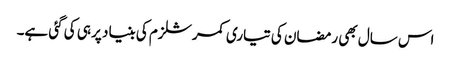
اس سال بھی رمضان کی تیاری کمرشلزم کی بنیاد پر ہی کی گئی ہے۔